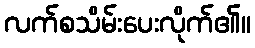
လက်စသိမ်းပေးလိုက်၏။